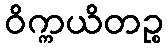
ဝိက္ကယိတဉ္စ